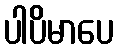
ပါပိမာပေ